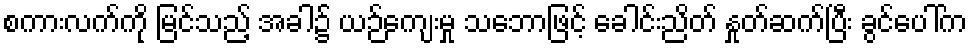
စကားလက်ကို မြင်သည့် အခါ၌ ယဉ်ကျေးမှု သဘောဖြင့် ခေါင်းညိတ် နှုတ်ဆက်ပြီး ခွင်ပေါ်က